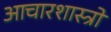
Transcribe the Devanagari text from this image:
आचारशास्त्रों